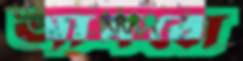
আসবো